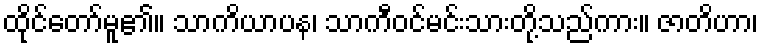
ထိုင်တော်မူ၏။ သာကိယာပန၊ သာကီဝင်မင်းသားတို့သည်ကား။ ဇာတိဟာ၊